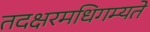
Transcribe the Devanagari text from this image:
तदक्षरमधिगम्यते